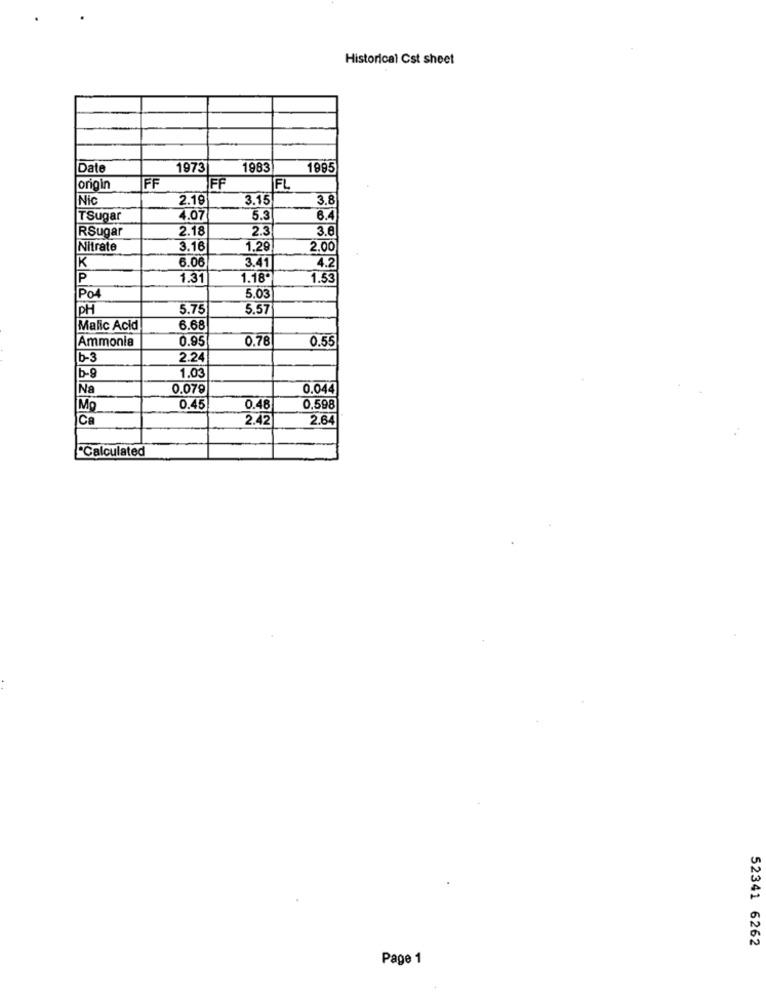
Historical Cst sheet
Date
1973
1983
1995
FF
FF
origin
FL
Nic
2.19
3.15
3.8
TSugar
4.07
5.3
6.4
RSugar
2.18
2.3
3.6
Nitrate
3.16
1.29
2.00
K
3.41
4.2
6.06
IP
1.31
1.18"
1.53
Po4
5.03
PH
5.75
5.57
Malic Acid
6.68
Ammonia
0.95
0.76
0.55
b-3
2.24
1.03
b-9
Na
0.079
0.044
Mo
0.45
0.48
0.598
Ca
2.42
2.64
Calculated
52341 6262
Page 1